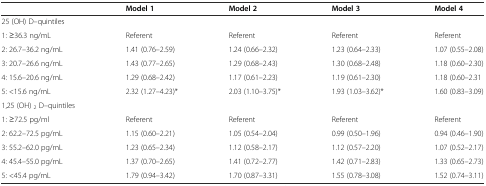
|  | Model 1 | Model 2 | Model 3 | Model 4 |
 | --- | --- | --- | --- | --- |
 | 25 (OH) D–quintiles |  |  |  |  |
 | 1: ≥36.3 ng/mL | Referent | Referent | Referent | Referent |
 | 2: 26.7–36.2 ng/mL | 1.41 (0.76–2.59) | 1.24 (0.66–2.32) | 1.23 (0.64–2.33) | 1.07 (0.55–2.08) |
 | 3: 20.7–26.6 ng/mL | 1.43 (0.77–2.65) | 1.29 (0.68–2.43) | 1.30 (0.68–2.48) | 1.18 (0.60–2.30) |
 | 4: 15.6–20.6 ng/mL | 1.29 (0.68–2.42) | 1.17 (0.61–2.23) | 1.19 (0.61–2.30) | 1.18 (0.60–2.31 |
 | 5: <15.6 ng/mL | 2.32 (1.27–4.23)* | 2.03 (1.10–3.75)* | 1.93 (1.03–3.62)* | 1.60 (0.83–3.09) |
 | 1,25 (OH) 2 D–quintiles |  |  |  |  |
 | 1: ≥72.5 pg/ml | Referent | Referent | Referent | Referent |
 | 2: 62.2–72.5 pg/mL | 1.15 (0.60–2.21) | 1.05 (0.54–2.04) | 0.99 (0.50–1.96) | 0.94 (0.46–1.90) |
 | 3: 55.2–62.0 pg/mL | 1.23 (0.65–2.34) | 1.12 (0.58–2.17) | 1.12 (0.57–2.20) | 1.07 (0.52–2.17) |
 | 4: 45.4–55.0 pg/mL | 1.37 (0.70–2.65) | 1.41 (0.72–2.77) | 1.42 (0.71–2.83) | 1.33 (0.65–2.73) |
 | 5: <45.4 pg/mL | 1.79 (0.94–3.42) | 1.70 (0.87–3.31) | 1.55 (0.78–3.08) | 1.52 (0.74–3.11) |